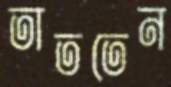
তাততেন